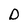
Character: D